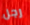
رجل